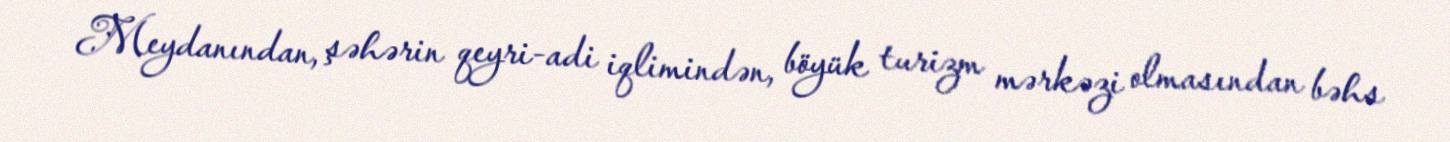
Meydanından, şəhərin qeyri-adi iqlimindən, böyük turizm mərkəzi olmasından bəhs